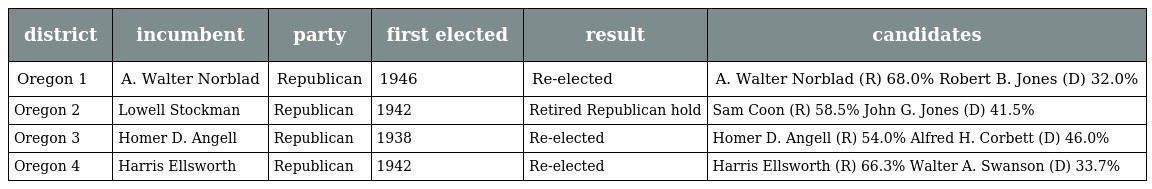
| district | incumbent | party | first elected | result | candidates |
 | --- | --- | --- | --- | --- | --- |
 | Oregon 1 | A. Walter Norblad | Republican | 1946 | Re-elected | A. Walter Norblad (R) 68.0% Robert B. Jones (D) 32.0% |
 | Oregon 2 | Lowell Stockman | Republican | 1942 | Retired Republican hold | Sam Coon (R) 58.5% John G. Jones (D) 41.5% |
 | Oregon 3 | Homer D. Angell | Republican | 1938 | Re-elected | Homer D. Angell (R) 54.0% Alfred H. Corbett (D) 46.0% |
 | Oregon 4 | Harris Ellsworth | Republican | 1942 | Re-elected | Harris Ellsworth (R) 66.3% Walter A. Swanson (D) 33.7% |